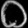
Digit: ၀